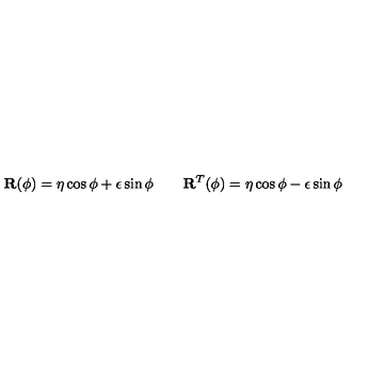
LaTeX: \mathbf { R } ( \phi ) = \mathbf { \eta } \cos \phi + \mathbf { \epsilon } \sin \phi \qquad \mathbf { R } ^ { T } ( \phi ) = \mathbf { \eta } \cos \phi - \mathbf { \epsilon } \sin \phi